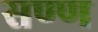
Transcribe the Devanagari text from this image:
सण्ण